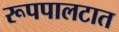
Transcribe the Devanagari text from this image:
रूपपालटात